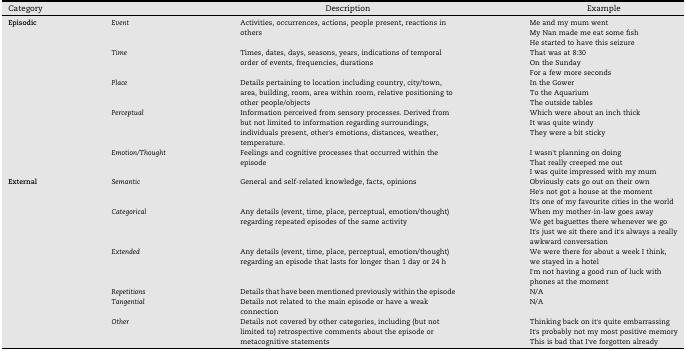
<table><thead><tr><td colspan="2"><b>Category</b></td><td><b>Description</b></td><td><b>Example</b></td></tr></thead><tbody><tr><td rowspan="5"><b>Episodic</b></td><td><i>Event</i></td><td>Activities, occurrences, actions, people present, reactions in others</td><td>Me and my mum wentMy Nan made me eat some fishHe started to have this seizure</td></tr><tr><td><i>Time</i></td><td>Times, dates, days, seasons, years, indications of temporal order of events, frequencies, durations</td><td>That was at 8:30On the SundayFor a few more seconds</td></tr><tr><td><i>Place</i></td><td>Details pertaining to location including country, city/town, area, building, room, area within room, relative positioning to other people/objects</td><td>In the GowerTo the AquariumThe outside tables</td></tr><tr><td><i>Perceptual</i></td><td>Information perceived from sensory processes. Derived from but not limited to information regarding surroundings, individuals present, other&#x27;s emotions, distances, weather, temperature.</td><td>Which were about an inch thickIt was quite windyThey were a bit sticky</td></tr><tr><td><i>Emotion/Thought</i></td><td>Feelings and cognitive processes that occurred within the episode</td><td>I wasn&#x27;t planning on doingThat really creeped me outI was quite impressed with my mum</td></tr><tr><td rowspan="6"><b>External</b></td><td><i>Semantic</i></td><td>General and self-related knowledge, facts, opinions</td><td>Obviously cats go out on their ownHe&#x27;s not got a house at the momentIt&#x27;s one of my favourite cities in the world</td></tr><tr><td><i>Categorical</i></td><td>Any details (event, time, place, perceptual, emotion/thought) regarding repeated episodes of the same activity</td><td>When my mother-in-law goes awayWe get baguettes there whenever we goIt&#x27;s just we sit there and it&#x27;s always a really awkward conversation</td></tr><tr><td><i>Extended</i></td><td>Any details (event, time, place, perceptual, emotion/thought) regarding an episode that lasts for longer than 1 day or 24 h</td><td>We were there for about a week I think, we stayed in a hotelI&#x27;m not having a good run of luck with phones at the moment</td></tr><tr><td><i>Repetitions</i></td><td>Details that have been mentioned previously within the episode</td><td>N/A</td></tr><tr><td><i>Tangential</i></td><td>Details not related to the main episode or have a weak connection</td><td>N/A</td></tr><tr><td><i>Other</i></td><td>Details not covered by other categories, including (but not limited to) retrospective comments about the episode or metacognitive statements</td><td>Thinking back on it&#x27;s quite embarrassingIt&#x27;s probably not my most positive memoryThis is bad that I&#x27;ve forgotten already</td></tr></tbody></table>